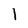
Character: 1